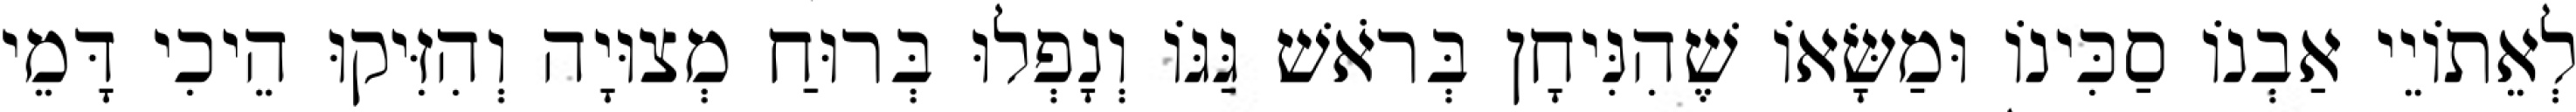
לְאֵתוֹיֵי אַבְנוֹ סַכִּינוֹ וּמַשָּׂאוֹ שֶׁהִנִּיחָן בְּרֹאשׁ גַּגּוֹ וְנָפְלוּ בְּרוּחַ מְצוּיָה וְהִזִּיקוּ הֵיכִי דָּמֵי